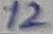
Text: 12